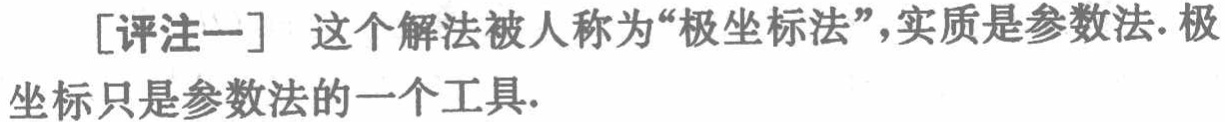
[评注一] 这个解法被人称为“极坐标法”，实质是参数法. 极坐标只是参数法的一个工具.